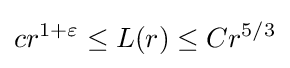
cr^{1+\varepsilon }\leq L(r)\leq Cr^{5/3}